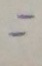
164